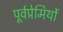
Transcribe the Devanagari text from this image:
पूर्वप्रेमियों